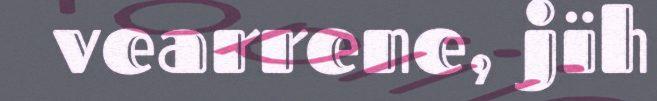
vearrene, jïh